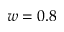
w = 0 . 8